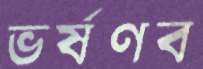
ভর্ষণব